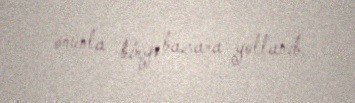
onunla birgə bazara yollanıb.